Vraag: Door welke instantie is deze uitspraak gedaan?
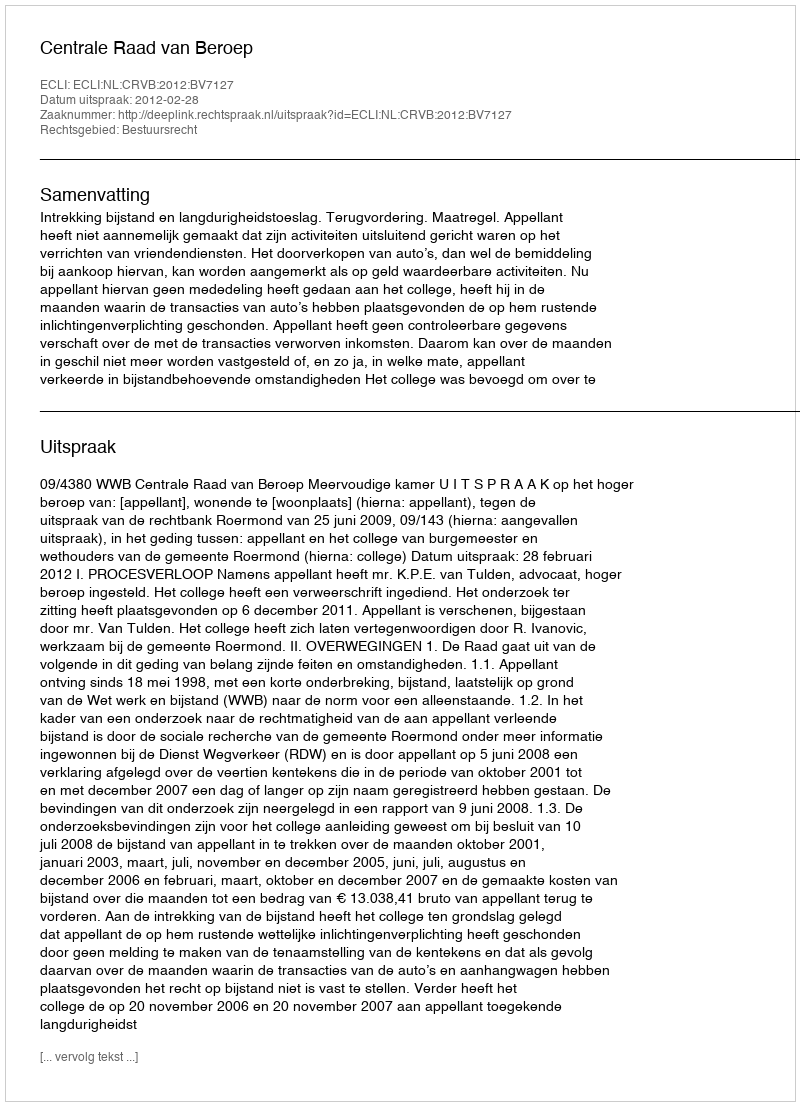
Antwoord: Centrale Raad van Beroep